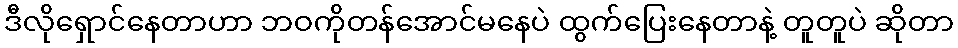
ဒီလိုရှောင်နေတာဟာ ဘဝကိုတန်အောင်မနေပဲ ထွက်ပြေးနေတာနဲ့ တူတူပဲ ဆိုတာ